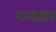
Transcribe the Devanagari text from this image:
शब्दद्वय